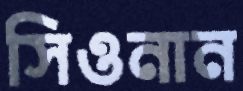
সিওনান